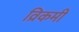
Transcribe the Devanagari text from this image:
व्रिकमी